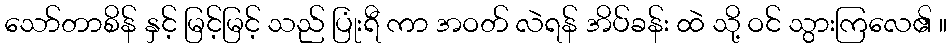
သော်တာစိန် နှင့် မြင့်မြင့် သည် ပြုံးရီ ကာ အဝတ် လဲရန် အိပ်ခန်း ထဲ သို့ ဝင် သွားကြလေ၏ ။